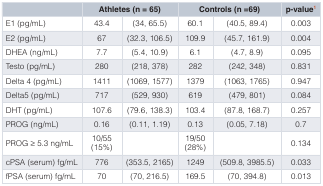
|  | <COLSPAN=2> Athletes (n = 65) | <COLSPAN=2> Controls (n =69) | p-value1 |
 | --- | --- | --- | --- | --- | --- |
 | E1 (pg/mL) | 43.4 | (34, 65.5) | 60.1 | (40.5, 89.4) | 0.003 |
 | E2 (pg/mL) | 67 | (32.3, 106.5) | 109.9 | (45.7, 161.9) | 0.004 |
 | DHEA (ng/mL) | 7.7 | (5.4, 10.9) | 6.1 | (4.7, 8.9) | 0.095 |
 | Testo (pg/mL) | 280 | (218, 378) | 282 | (242, 348) | 0.831 |
 | Delta 4 (pg/mL) | 1411 | (1069, 1577) | 1379 | (1063, 1765) | 0.947 |
 | Delta5 (pg/mL) | 717 | (529, 930) | 619 | (479, 801) | 0.084 |
 | DHT (pg/mL) | 107.6 | (79.6, 138.3) | 103.4 | (87.8, 168.7) | 0.257 |
 | PROG (ng/mL) | 0.16 | (0.11, 1.19) | 0.13 | (0.05, 7.18) | 0.7 |
 | PROG ≥ 5.3 ng/mL | 10/55(15%) |  | 19/50(28%) |  | 0.134 |
 | cPSA (serum) fg/mL | 776 | (353.5, 2165) | 1249 | (509.8, 3985.5) | 0.033 |
 | fPSA (serum) fg/mL | 70 | (70, 216.5) | 169.5 | (70, 394.8) | 0.013 |